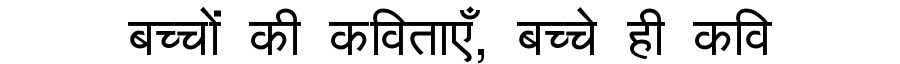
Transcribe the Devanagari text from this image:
बच्चों की कविताएँ, बच्चे ही कवि